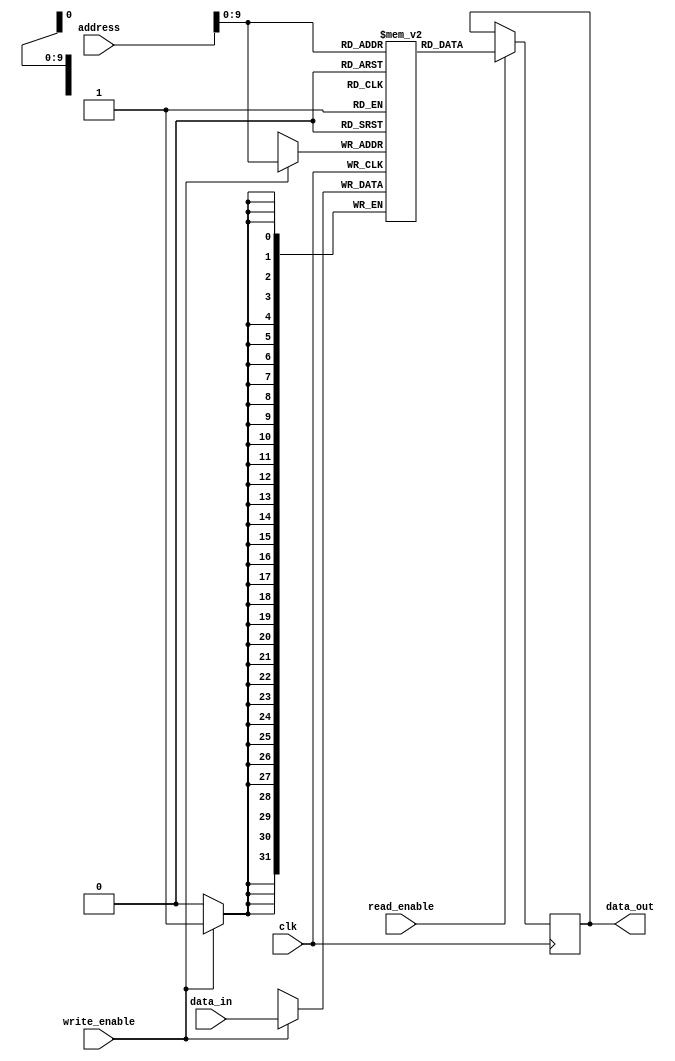
module flash_rom(
    input wire clk,
    input wire [31:0] address,
    input wire [31:0] data_in,
    output reg [31:0] data_out,
    input wire read_enable,
    input wire write_enable
);

// Memory block implementation
reg [31:0] memory [0:1023]; // 1024 memory locations

always @(posedge clk) begin
    if (read_enable) begin
        data_out <= memory[address];
    end
    if (write_enable) begin
        memory[address] <= data_in;
    end
end

endmodule